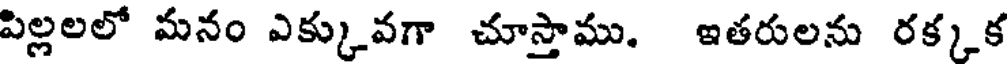
పిల్లలలో మనం ఎక్కువగా చూస్తాము. ఇతరులను రక్కక